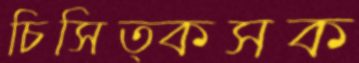
চিসিত্কসক